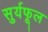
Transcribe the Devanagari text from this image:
सुर्यफूल